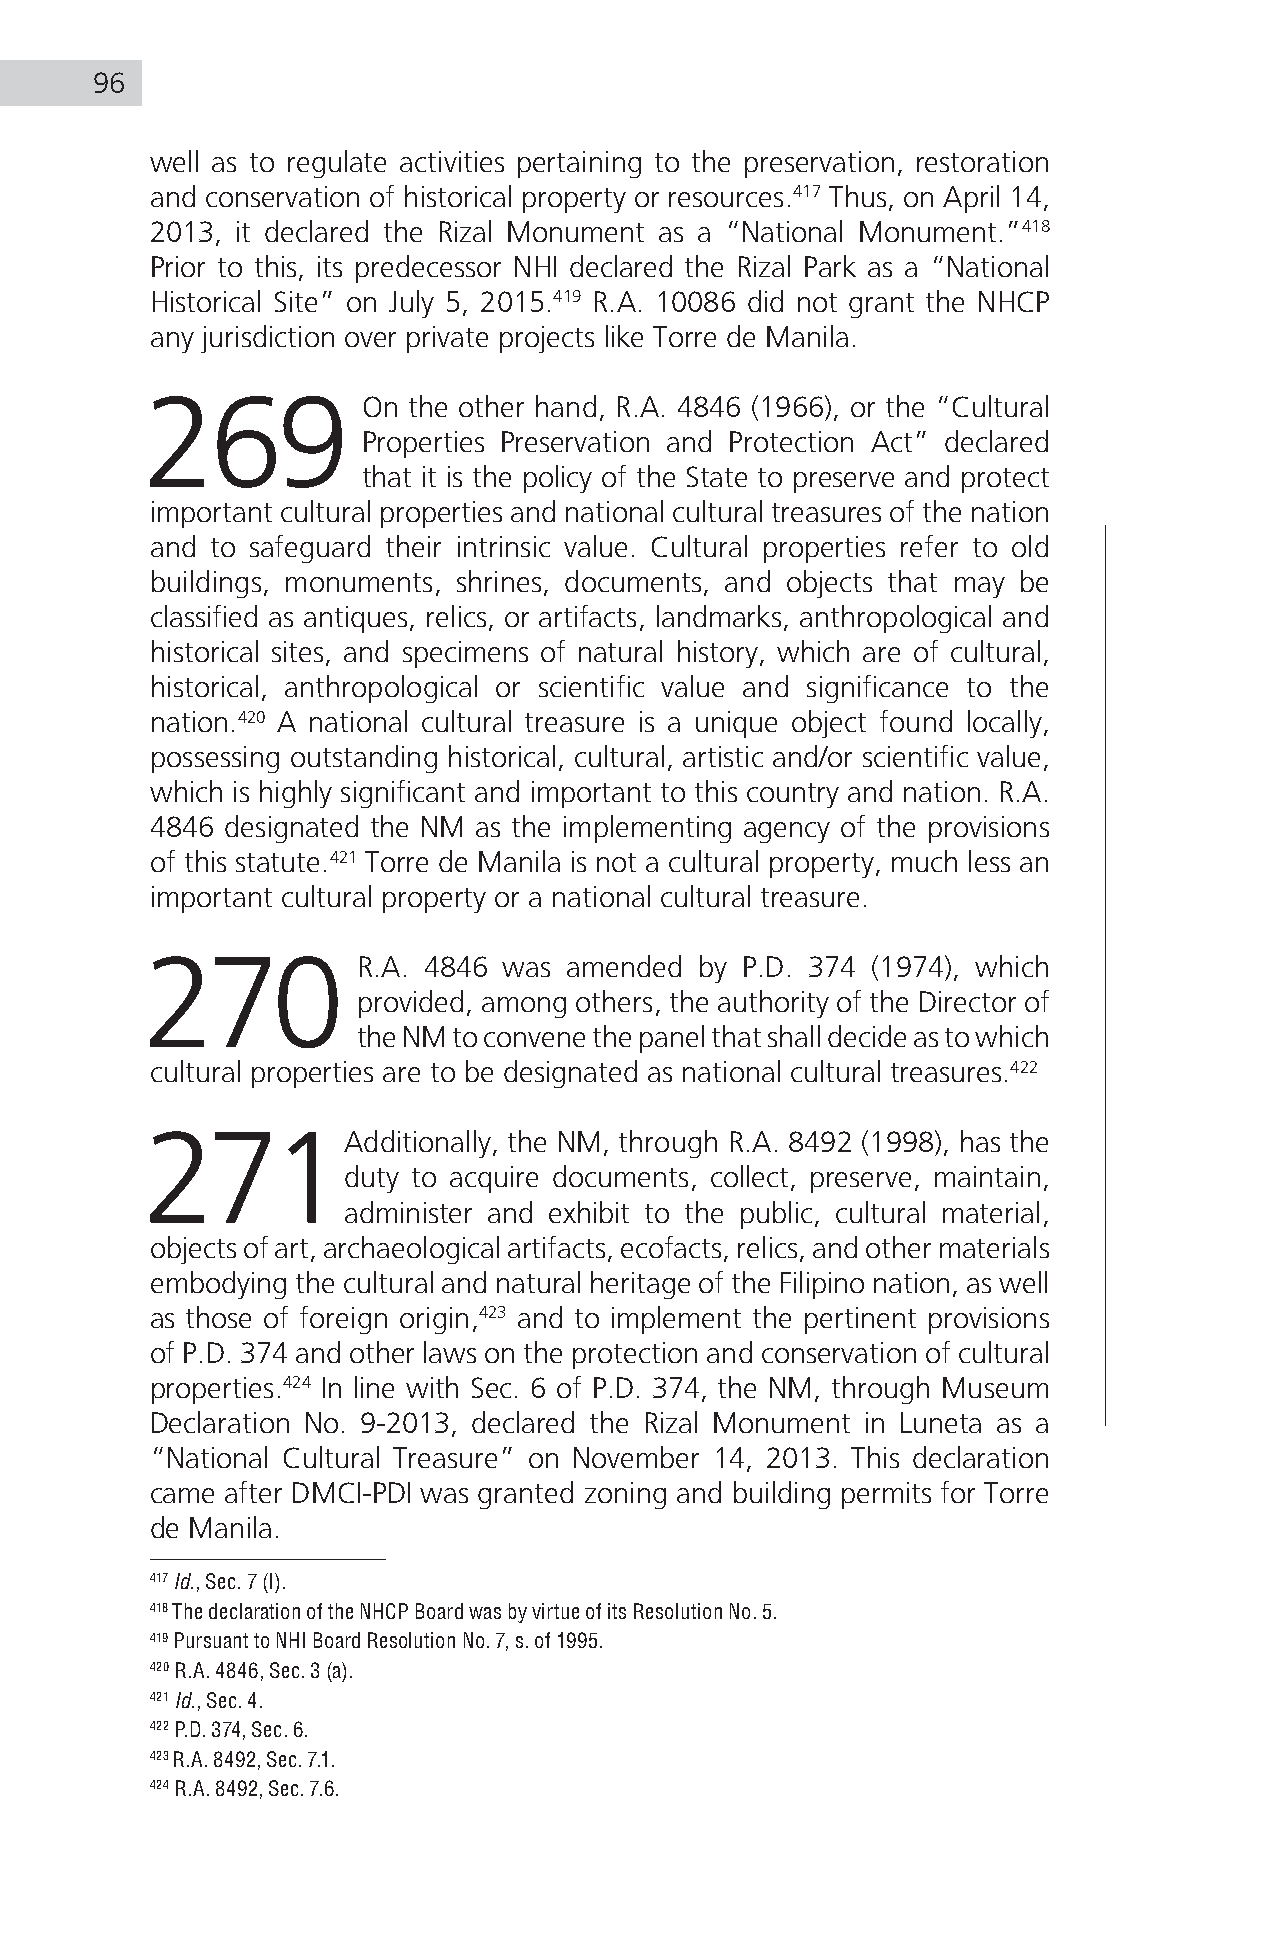
96
 well as to regulate activities pertaining to the preservation, restoration
 and conservation of historical property or resources.417 Thus, on April 14,
 2013, it declared the Rizal Monument as a “National Monument.”418
 Prior to this, its predecessor NHI declared the Rizal Park as a “National
 Historical Site” on July 5, 2015.419 R.A. 10086 did not grant the NHCP
 any jurisdiction over private projects like Torre de Manila.
 269           On the other hand, R.A. 4846 (1966), or the “Cultural
 Properties Preservation and Protection Act” declared
 that it is the policy of the State to preserve and protect
 important cultural properties and national cultural treasures of the nation
 and to safeguard their intrinsic value. Cultural properties refer to old
 buildings, monuments, shrines, documents, and objects that may be
 classified as antiques, relics, or artifacts, landmarks, anthropological and
 historical sites, and specimens of natural history, which are of cultural,
 historical, anthropological or scientific value and significance to the
 nation.420 A national cultural treasure is a unique object found locally,
 possessing outstanding historical, cultural, artistic and/or scientific value,
 which is highly significant and important to this country and nation. R.A.
 4846 designated the NM as the implementing agency of the provisions
 of this statute.421 Torre de Manila is not a cultural property, much less an
 important cultural property or a national cultural treasure.
 270           R.A. 4846 was amended by P.D. 374 (1974), which
 provided, among others, the authority of the Director of
 the NM to convene the panel that shall decide as to which
 cultural properties are to be designated as national cultural treasures.422
 271Additionally,        the NM, through R.A. 8492 (1998), has the
 duty to acquire documents, collect, preserve, maintain,
 administer and exhibit to the public, cultural material,
 objects of art, archaeological artifacts, ecofacts, relics, and other materials
 embodying the cultural and natural heritage of the Filipino nation, as well
 as those of foreign origin,423 and to implement the pertinent provisions
 of P.D. 374 and other laws on the protection and conservation of cultural
 properties.424 In line with Sec. 6 of P.D. 374, the NM, through Museum
 Declaration No. 9-2013, declared the Rizal Monument in Luneta as a
 “National Cultural Treasure” on November 14, 2013. This declaration
 came after DMCI-PDI was granted zoning and building permits for Torre
 de Manila.
 417 Id., Sec. 7 (l).
 418 The declaration of the NHCP Board was by virtue of its Resolution No. 5.
 419 Pursuant to NHI Board Resolution No. 7, s. of 1995.
 420 R.A. 4846, Sec. 3 (a).
 421 Id., Sec. 4.
 422 P.D. 374, Sec. 6.
 423 R.A. 8492, Sec. 7.1.
 424 R.A. 8492, Sec. 7.6.